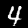
Digit: 4